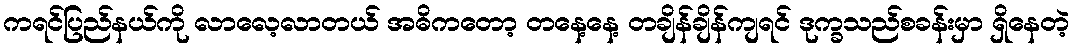
ကရင်ပြည်နယ်ကို လာလေ့လာတယ် အဓိကတော့ တနေ့နေ့ တချိန်ချိန်ကျရင် ဒုက္ခသည်စခန်းမှာ ရှိနေတဲ့